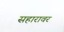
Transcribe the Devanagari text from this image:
सहारावर